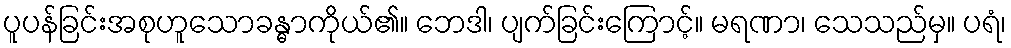
ပူပန်ခြင်းအစုဟူသောခန္ဓာကိုယ်၏။ ဘေဒါ၊ ပျက်ခြင်းကြောင့်။ မရဏာ၊ သေသည်မှ။ ပရံ၊